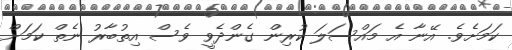
ކަމަށެވެ. އޭނާ އެ މައްސަލަ ކުރިން ގެންދެވީ ވެސް އިތުބާރު ނެތް ކަމަށް